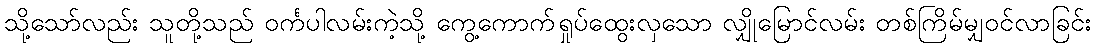
သို့သော်လည်း သူတို့သည် ဝင်္ကပါလမ်းကဲ့သို့ ကွေ့ကောက်ရှုပ်ထွေးလှသော လျှိုမြောင်လမ်း တစ်ကြိမ်မျှဝင်လာခြင်း